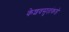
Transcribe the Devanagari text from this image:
केशवसुतांकडे